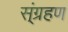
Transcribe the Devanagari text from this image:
स्ंग्रहण